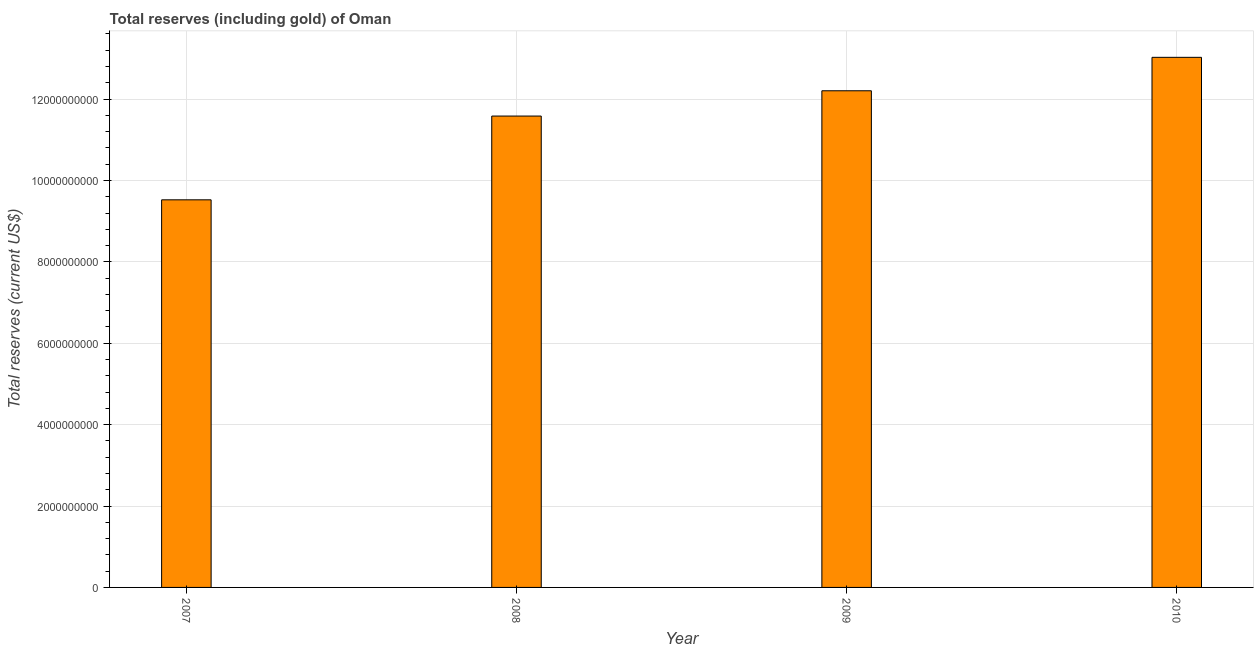
| Year | Total reserves (includes gold |
 | --- | --- |
 | 2007 | 9.52e+09 |
 | 2008 | 1.16e+10 |
 | 2009 | 1.22e+10 |
 | 2010 | 1.3e+10 |